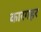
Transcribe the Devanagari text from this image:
कारगहर